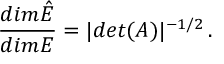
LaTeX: \frac { d i m \hat { E } } { d i m E } = | d e t ( A ) | ^ { - 1 / 2 } \, .